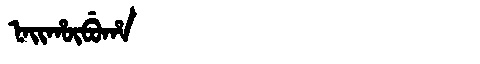
Manchu: ᠨᠠᡳᡥᡡᠪᡠᡥᠠ
Romanization: NAIHŪBUHA